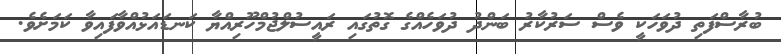
ބުރާސްފަތި ދުވަހަކީ ވެސް ސަރުކާރު ބަންދު ދުވަހެއްގެ ގޮތުގައި ރައީސުލްޖުމްހޫރިއްޔާ ކަނޑައަޅުއްވާފައިވާ ކަމަށެވެ.